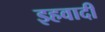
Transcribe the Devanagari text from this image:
इहवादी